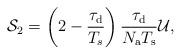
LaTeX: \begin{align*}\mathcal{S}_2=\left(2-\frac{\tau_{\rm d}}{T_s}\right)\frac{\tau_{\rm d}}{N_{\rm a}T_{\rm s}}\mathcal{U},\end{align*}